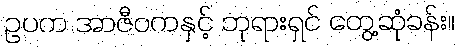
ဥပက အာဇီဝကနှင့် ဘုရားရှင် တွေ့ဆုံခန်း။